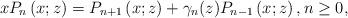
LaTeX: \begin{align*}xP_{n}\left( x;z\right) =P_{n+1}\left( x;z\right) +\gamma_{n}(z)P_{n-1}\left( x;z\right) ,n\geq0, \end{align*}